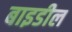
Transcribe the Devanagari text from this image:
बाइडील